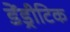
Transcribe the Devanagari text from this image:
डेंड्रीटिक